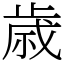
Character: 歳